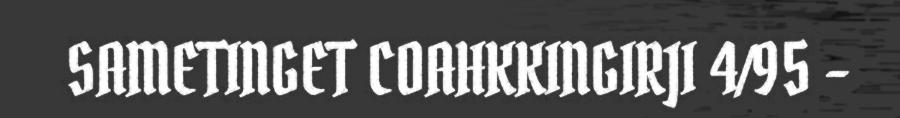
SAMETINGET COAHKKINGIRJI 4/95 -